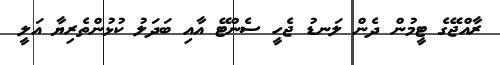
ރާއްޖޭގެ ޓީމުން ދެން ލަނޑު ޖެހީ ސެންޓޭ އާއި ބަދަލު ކުޅުންތެރިޔާ އަލީ